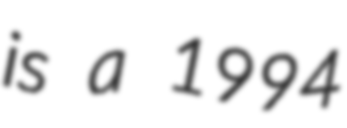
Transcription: is a 1994